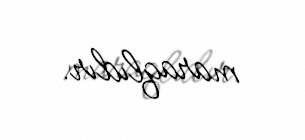
maraqlıdır.